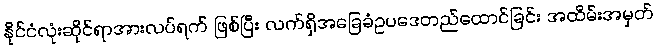
နိုင်ငံလုံးဆိုင်ရာအားလပ်ရက် ဖြစ်ပြီး လက်ရှိအခြေခံဥပဒေတည်ထောင်ခြင်း အထိမ်းအမှတ်